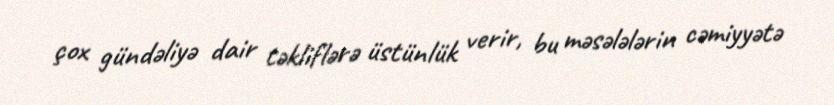
çox gündəliyə dair təkliflərə üstünlük verir, bu məsələlərin cəmiyyətə